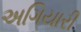
અગિયારી